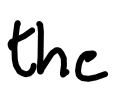
Text: the
Cross-out: clean
Writing tool: digital_black